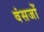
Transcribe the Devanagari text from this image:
वंसजों